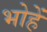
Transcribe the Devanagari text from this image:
भोहें